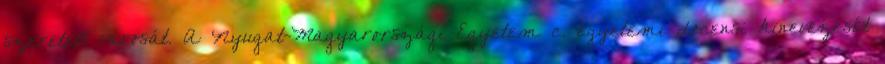
szeretett városát. A Nyugat-Magyarországi Egyetem c. egyetemi docensi kinevezését